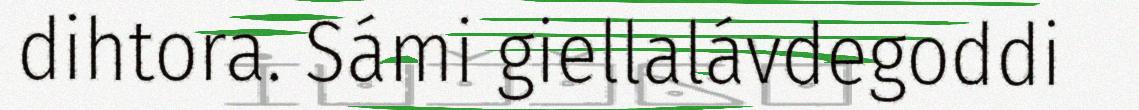
dihtora. Sámi giellalávdegoddi